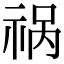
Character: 祸